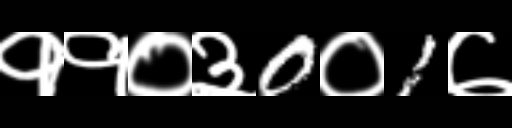
Text: ११०३0०1७